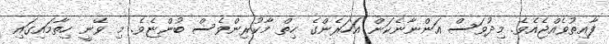
ފާއިތުވެއްޖެއެވެ. މިދުވަސް އަންނާނެކަން އަހަރެންގެ ހިތް މާކުރިންވެސް ބުންޏެވެ. މި ވޭނީ ހިތާމައިގައި